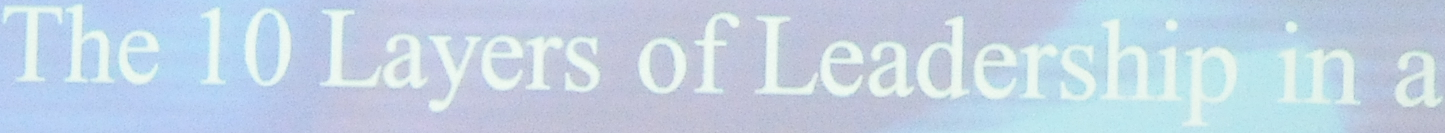
The 10 Layers of Leadership in a